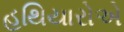
હથિયારોએ